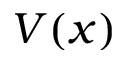
V ( x )